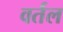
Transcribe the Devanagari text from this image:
वर्तल